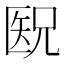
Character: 𫧕